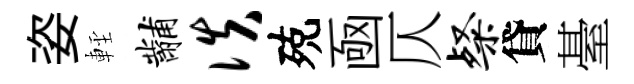
姿䡖黼佚殑凾仄粲貸䑓